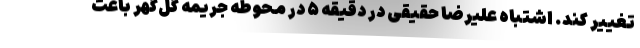
تغییر کند. اشتباه علیرضا حقیقی در دقیقه ۵ در محوطه جریمه گل‌گهر باعث